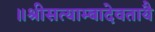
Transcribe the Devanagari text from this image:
॥श्रीसत्याम्बादेवतायै